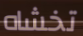
تخشاه